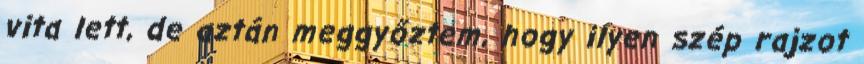
vita lett, de aztán meggyőztem, hogy ilyen szép rajzot